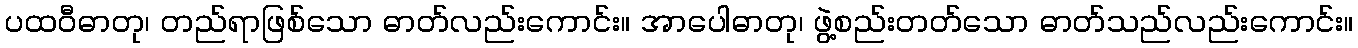
ပထဝီဓာတု၊ တည်ရာဖြစ်သော ဓာတ်လည်းကောင်း။ အာပေါဓာတု၊ ဖွဲ့စည်းတတ်သော ဓာတ်သည်လည်းကောင်း။